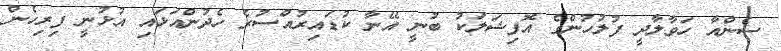
ސެންއާ ހަވާލާދީ ފުލުހުންގެ އޮފިޝަލަކު ބުނީ އޭނާ ކުޑައިރުއްސުރެ ހެދުންއަޅައި އުޅުނީ ފިރިހެން